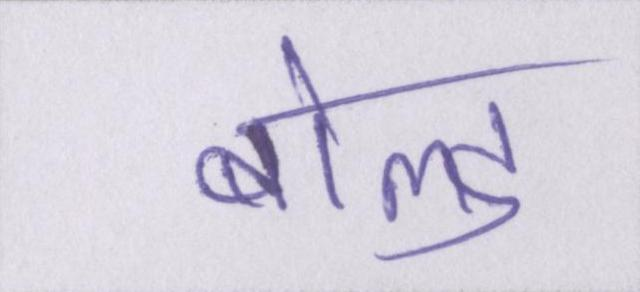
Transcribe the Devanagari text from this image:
बोल्ड